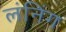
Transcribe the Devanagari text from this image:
लंनिंग